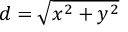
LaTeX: d = { \sqrt { x ^ { 2 } + y ^ { 2 } } }